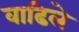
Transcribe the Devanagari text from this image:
वाढिले